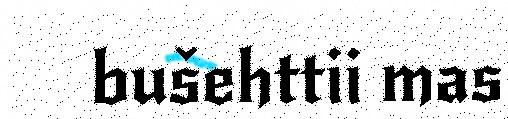
bušehttii mas